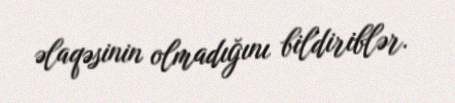
əlaqəsinin olmadığını bildiriblər.